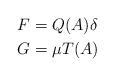
LaTeX: \begin{align*}F&=Q(A)\delta\\G&=\mu T(A)\end{align*}